Vaccination in the Punjab 1883-1896 - 1883-1896
Year: 1883
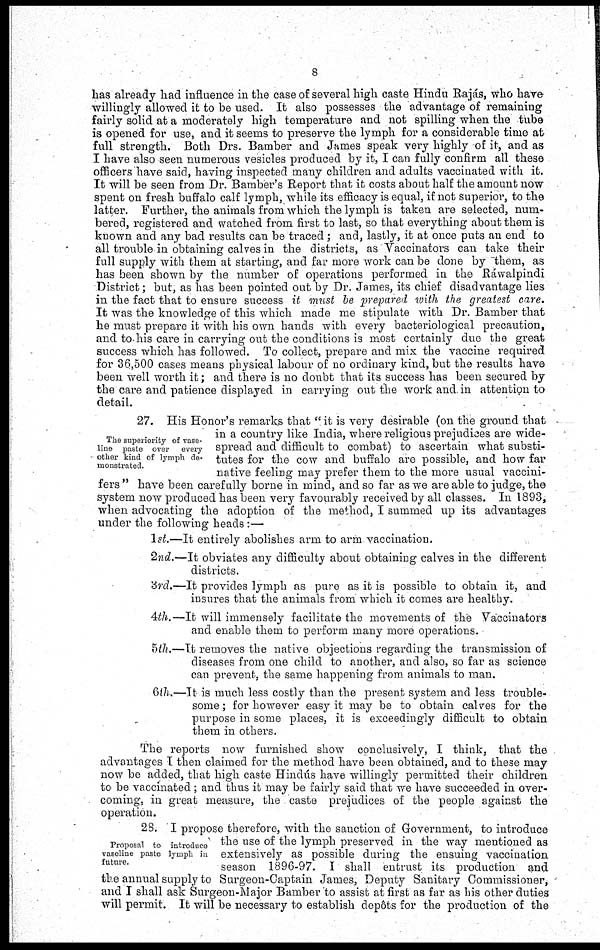
8
has already had influence in the case of several high caste Hindu Rajás, who have
willingly allowed it to be used. It also possesses the advantage of remaining
fairly solid at a moderately high temperature and not spilling when the tube
is opened for use, and it seems to preserve the lymph for a considerable time at
full strength. Both Drs. Bamber and James speak very highly -of it, and as
I have also seen numerous vesicles produced by it, I can fully confirm all these
officers have said, having inspected many children and adults vaccinated with it.
It will be seen from Dr. Bamber's Report that it costs about half the amount now
spent on fresh buffalo calf lymph, while its efficacy is equal, if not superior, to the
latter. Further, the animals from which the lymph is taken are selected, num-
bered, registered and watched from first to last, so that everything about them is
known and any bad results can be traced; and, lastly, it at once puts an end to
all trouble in obtaining calves in the districts, as Vaccinators can take their
full supply with them at starting, and far more work can be done by them, as
has been shown by the number of operations performed in the Ráwalpindi
District; but, as has been pointed out by Dr. James, its chief disadvantage lies
in the fact that to ensure success it must be prepared with the greatest care.
It was the knowledge of this which made me stipulate with Dr. Bamber that
he must prepare it with his own hands with every bacteriological precaution,
and to his care in carrying out the conditions is most certainly due the great
success which has followed. To collect, prepare and mix the vaccine required
for 36,500 cases means physical labour of no ordinary kind, but the results have
been well worth it; and there is no doubt that its success has been secured by
the care and patience displayed in carrying out the work and in attention to
detail.
The superiority of vase-
line paste over
every
other kind of lymph de-
monstrated.
27. His Honor's remarks that " it is very desirable (on the ground that
in a country like India, where religious prejudices are wide-
spread and difficult to combat) to ascertain what substi-
tutes for the cow and buffalo are possible, and how far
native feeling may prefer them to the more usual vaccini-
fers " have been carefully borne in mind, and so far as we are able to judge, the
system now produced has been very favourably received by all classes. In 1893,
when advocating the adoption of the method, I summed up its advantages
under the following heads :—
1st.—It entirely abolishes arm to arm vaccination.
2nd.—It obviates any difficulty about obtaining calves in the different
districts.
3rd.—It provides lymph as pure as it is possible to obtain it, and
insures that the animals from which it comes are healthy.
4th.—It will immensely facilitate the movements of the Vaccinators
and enable them to perform many more operations.
5th.—It removes the native objections regarding the transmission of
diseases from one child to another, and also, so far as science
can prevent, the same happening from animals to man.
6th.—It is much less costly than the present system and less trouble-
some ; for however easy it may be to obtain calves for the
purpose in some places, it is exceedingly difficult to obtain
them in others.
The reports now furnished show conclusively, I think, that the
advantages I then claimed for the method have been obtained, and to these may
now be added, that high caste Hindús have willingly permitted their children
to be vaccinated; and thus it may be fairly said that we have succeeded in over-
coming, in great measure, the caste prejudices of the people against the
operation.
Proposal to introduce
vaseline paste lymph in
future.
28. I propose therefore, with the sanction of Government, to introduce
the use of the lymph preserved in the way mentioned as
extensively as possible during the ensuing vaccination
season 1896-97. I shall entrust its production and
the annual supply to Surgeon-Captain James, Deputy Sanitary Commissioner,
and I shall ask Surgeon-Major Bamber to assist at first as far as his other duties
will permit. It will be necessary to establish depôts for the production of the